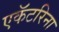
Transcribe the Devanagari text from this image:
एकॅटरिना